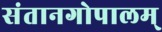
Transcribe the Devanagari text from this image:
संतानगोपालम्